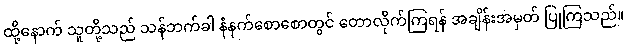
ထို့နောက် သူတို့သည် သန်ဘက်ခါ နံနက်စောစောတွင် တောလိုက်ကြရန် အချိန်းအမှတ် ပြုကြသည်။